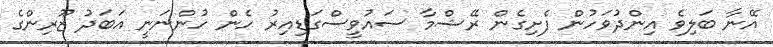
އޭނާ ބަލިވެ އިންދުވަހުން ފެށިގެން ރޭޝްމާ ސައުވީސްގަޑިއިރު ހެން ހުންނަނީ އަބަދު ޒޫރިންގެ